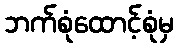
ဘက်စုံထောင့်စုံမှ